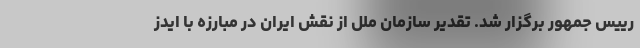
رییس جمهور برگزار شد. تقدیر سازمان ملل از نقش ایران در مبارزه با ایدز